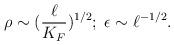
LaTeX: \begin{align*}\rho \sim (\frac{\ell}{K_F})^{1/2};\;\epsilon \sim \ell^{-1/2}.\end{align*}